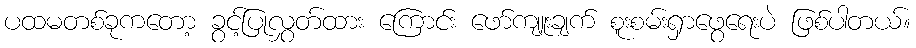
ပထမတစ်ခုကတော့ ခွင့်ပြုလွှတ်ထား ကြောင်း ဖော်ကျူးချက် စူးစမ်းရှာဖွေရေးပဲ ဖြစ်ပါတယ်။